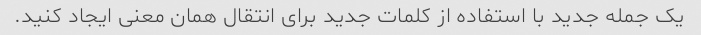
یک جمله جدید با استفاده از کلمات جدید برای انتقال همان معنی ایجاد کنید.